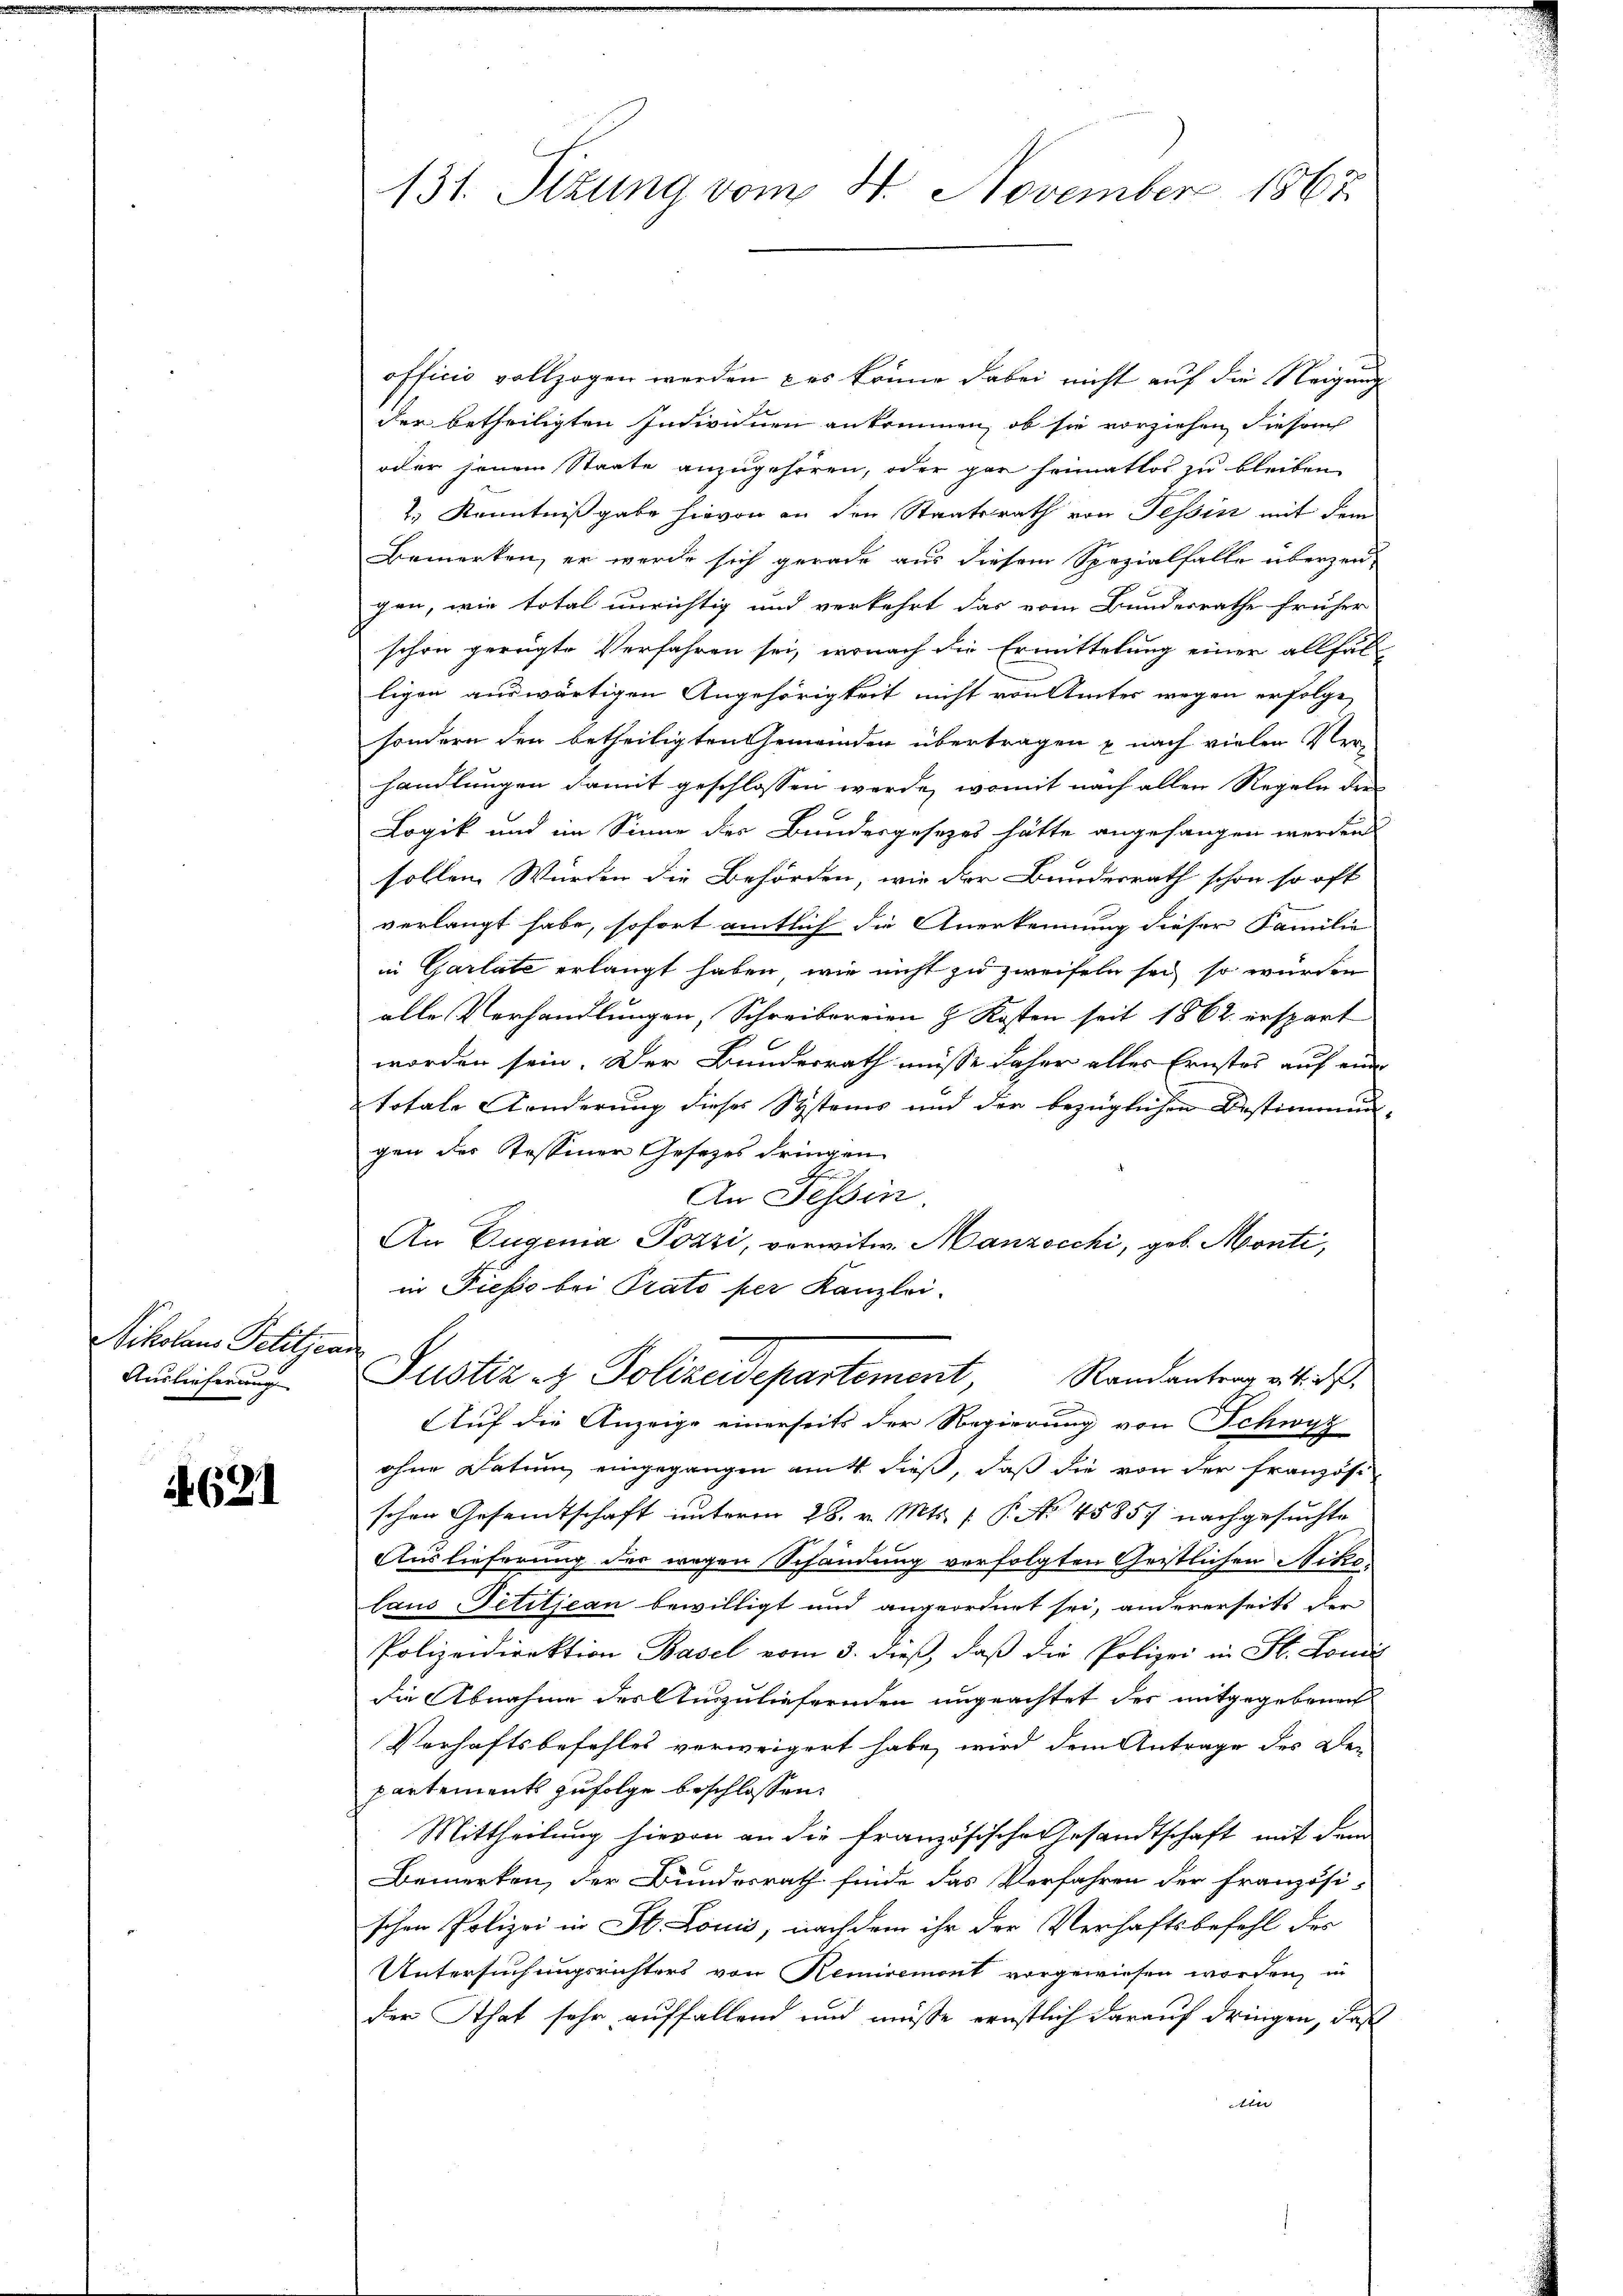
Nikolaus Pelitzende
Auslieferung

621

131. Sizung vom 4. November 1867

officio vollzogen werden, das könne dabei nicht auf die Neigung
der betheiligten Indivinen ankommen, ob sie vorziehen diesem
oder jenem Staate anzugehören, oder gar heimatlos zu bleiben
2.) Kenntnißgabe hievon an den Staatsrath von Tessin mit dem
Bemerken, er werde sich gerade aus diesem Spezialfalle überzeu-
gen, wie total unrichtig und verkehrt das vom Bundesrathe früher
schon gerügte Verfahren sei, wonach die Ermittelung einer allfäl
ligen auswärtigen Angehörigkeit nicht von Amtes wegen erfolge,
sondern den betheiligten Gemeinden übertragen u nach vielen Prohandlungen damit geschlossen werde, womit nach allen Regeln der
Logik und im Sinne der Bundesgesetzes hätte angefangen werden
sollen Würden die Behörden, wie der Bundesrath schon so oft
verlangt habe, sofort amtlich die Anerkennung dieser Familie
in Garlate erlangt haben, wie nicht zu zweifeln sei, so wurden
alle Verhandlungen, Schreibereien & Kosten seit 1862 erspart
worden sein. Der Bundesrath müsse daher alles Ernstes auf einer
totale Fonderung dieses Systems und der bezüglichen Bestimmungen der Tessiner Gesetzes dringen
An Tessin
An Eugenia Pozzi, vorwitw. Manzocchi, geb. Monti,
in Pieso bei Prato per Kanzlei-
Justiz- & Polizeidepartement, Randantrag v. 4. d.
Auf die Anzeige einerseits der Regierung von Schwyz
ohne Datum eingegangen mit dieß, daß die von der Französi
schen Gesamtschaft unterm 28. v. Mts. f. P. No 45857 nachgesuchte
Auslieferung der wegen Schändung verfolgten Geistlichen Nikolaus Petitjean bewilligt und angeordnet sei, andererseits der
Polizeidirektion Basel vom 3. dieß, daß die Polizei in St. Lond
die Abnahme des Auszuliefernden ungeachtet der mitgegebenech
Verhaftsbefehles verweigert habe, wird dem Antrage des De-
partements zufolge beschlossen,
Mittheilung hievon an die französische Gesandtschaft mit dem
Bemerken, der Bundesrath finde das Verfahren der französi-
schen Polizei in St. Louis, nachdem ihr der Verhaftsbefehl des
Untersuchungsrichters von Remiremont vorgewiesen worden, in
der That sehr auffallend und müße ernstlich darauf dringen, daß
in